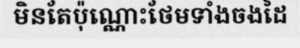
មិនតែប៉ុណ្ណោះថែមទាំងចងដៃ